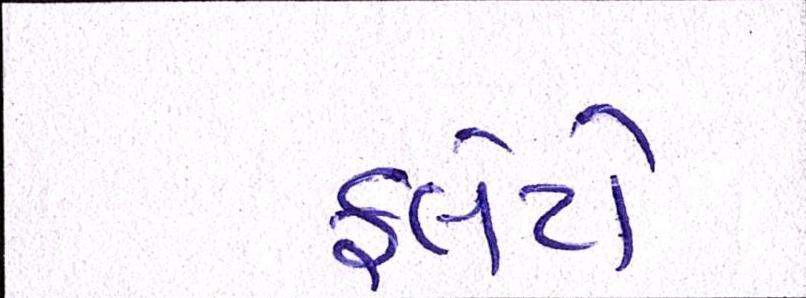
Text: ફ્લેટો